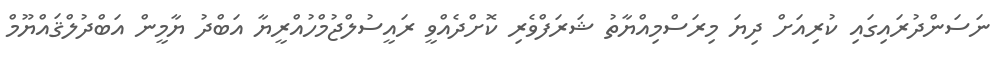
ނަސަންދުރައިގައި ކުރިއަށް ދިޔަ މިރަސްމިއްޔާތު ޝަރަފްވެރި ކޮށްދެއްވީ ރައީސުލްޖުމްހުއްރީޔާ އަބްދު ޔާމީން އަބްދުލްޤައްޔޫމް